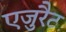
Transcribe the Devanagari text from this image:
एजुरैट